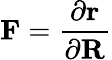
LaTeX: \mathbf{F}=\frac{\partial\mathbf{r}}{\partial\mathbf{R}}